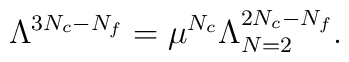
\Lambda^{3N_{c}-N_{f}}=\mu^{N_{c}}\Lambda^{2N_{c}-N_{f}}_{N=2}.